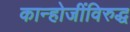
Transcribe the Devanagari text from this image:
कान्होजींविरुद्ध